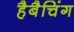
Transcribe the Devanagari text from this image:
हैबैचिंग